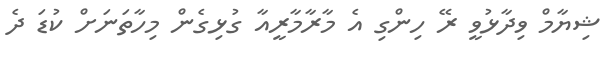
ޝިޔާމް ވިދާޅުވީ ރޭ ހިންގި އެ މާރާމާރީއާ ގުޅިގެން މިހާތަނަށް ކުޑަ ދެ